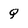
Character: Q